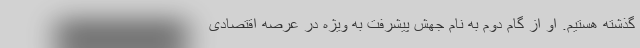
گذشته هستیم. او از گام دوم به نام جهش پیشرفت به ویژه در عرصه اقتصادی